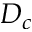
D _ { c }